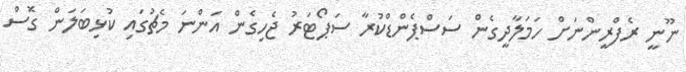
ނޫނީ ރެފްރީންނަށް ހަމަލާދީގެން ސަސްޕެންޑްކުރާ ސަޕޯޓަރު ޖެހިގެން އަންނަ މެޗުގައި ކުޅިބަލަން ގޮސް